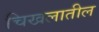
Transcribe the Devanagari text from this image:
चिखलातील